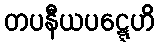
တပနီယပဋ္ဋေဟိ